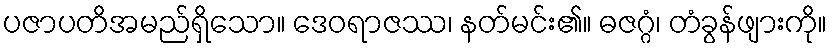
ပဇာပတိအမည်ရှိသော။ ဒေဝရာဇဿ၊ နတ်မင်း၏။ ဓဇဂ္ဂံ၊ တံခွန်ဖျားကို။